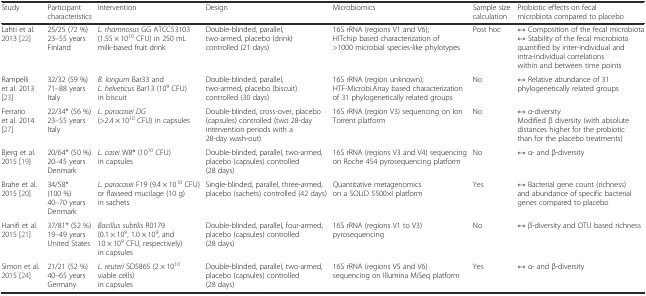
<table><thead><tr><td><b>Study</b></td><td><b>Participant characteristics</b></td><td><b>Intervention</b></td><td><b>Design</b></td><td><b>Microbiomics</b></td><td><b>Sample size calculation</b></td><td><b>Probiotic effects on fecal microbiota compared to placebo</b></td></tr></thead><tbody><tr><td>Lahti et al. 2013 [22]</td><td>25/25 (72 %)23–55 yearsFinland</td><td><i>L. rhamnosus</i> GG ATCC53103 (1.55 × 10<sup>10</sup> CFU) in 250 mL milk-based fruit drink</td><td>Double-blinded, parallel, two-armed, placebo (drink) controlled (21 days)</td><td>16S rRNA (regions V1 and V6); HITchip based characterization of &gt;1000 microbial species-like phylotypes</td><td>Post hoc</td><td>↔ Composition of the fecal microbiota↔ Stability of the fecal microbiota quantified by inter-individual and intra-individual correlations within and between time points</td></tr><tr><td>Rampelli et al. 2013 [23]</td><td>32/32 (59 %)71–88 yearsItaly</td><td><i>B. longum</i> Bar33 and <i>L. helveticus</i> Bar13 (10<sup>9</sup> CFU) in biscuit</td><td>Double-blinded, parallel, two-armed, placebo (biscuit) controlled (30 days)</td><td>16S rRNA (region unknown);HTF-Microbi.Array based characterization of 31 phylogenetically related groups</td><td>No</td><td>↔ Relative abundance of 31 phylogenetically related groups</td></tr><tr><td>Ferrario et al. 2014 [27]</td><td>22/34* (56 %)23–55 yearsItaly</td><td><i>L. paracasei DG</i> (&gt;2.4 × 10<sup>10</sup> CFU) in capsules</td><td>Double-blinded, cross-over, placebo (capsules) controlled (two 28-day intervention periods with a 28-day wash-out)</td><td>16S rRNA (region V3) sequencing on Ion Torrent platform</td><td>No</td><td>↔ α-diversityModified β diversity (with absolute distances higher for the probiotic than for the placebo treatments)</td></tr><tr><td>Bjerg et al. 2015 [19]</td><td>20/64* (50 %)20–45 yearsDenmark</td><td><i>L. casei</i> W8® (10<sup>10</sup> CFU) in capsules</td><td>Double-blinded, parallel, two-armed, placebo (capsules) controlled (28 days)</td><td>16S rRNA (regions V3 and V4) sequencing on Roche 454 pyrosequencing platform</td><td>No</td><td>↔ α- and β-diversity</td></tr><tr><td>Brahe et al. 2015 [20]</td><td>34/58* (100 %)40–70 yearsDenmark</td><td><i>L. paracasei</i> F19 (9.4 × 10<sup>10</sup> CFU) or flaxseed mucilage (10 g) in sachets</td><td>Single-blinded, parallel, three-armed, placebo (sachets) controlled (42 days)</td><td>Quantitative metagenomicson a SOLiD 5500×l platform</td><td>Yes</td><td>↔ Bacterial gene count (richness) and abundance of specific bacterial genes compared to placebo</td></tr><tr><td>Hanifi et al. 2015 [21]</td><td>37/81* (52 %)19–49 yearsUnited States</td><td><i>Bacillus subtilis</i> R0179(0.1 × 10<sup>9</sup>, 1.0 × 10<sup>9</sup>, and 10 × 10<sup>9</sup> CFU, respectively) in capsules</td><td>Double-blinded, parallel, four-armed, placebo (capsules) controlled (28 days)</td><td>16S rRNA (regions V1 to V3) pyrosequencing</td><td>No</td><td>↔ β-diversity and OTU based richness</td></tr><tr><td>Simon et al. 2015 [24]</td><td>21/21 (52 %)40–65 yearsGermany</td><td><i>L. reuteri</i> SD5865 (2 × 10<sup>10</sup> viable cells) in capsules</td><td>Double-blinded, parallel, two-armed, placebo (capsules) controlled (28 days)</td><td>16S rRNA (regions V5 and V6) sequencing on Illumina MiSeq platform</td><td>Yes</td><td>↔ α- and β-diversity</td></tr></tbody></table>